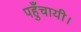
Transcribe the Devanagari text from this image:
पहुँचायी।